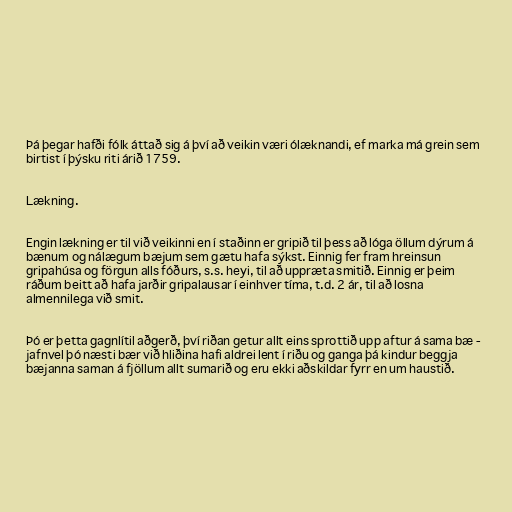
Þá þegar hafði fólk áttað sig á því að veikin væri ólæknandi, ef marka má grein sem
birtist í þýsku riti árið 1759.

Lækning.

Engin lækning er til við veikinni en í staðinn er gripið til þess að lóga öllum dýrum á
bænum og nálægum bæjum sem gætu hafa sýkst. Einnig fer fram hreinsun
gripahúsa og förgun alls fóðurs, s.s. heyi, til að uppræta smitið. Einnig er þeim
ráðum beitt að hafa jarðir gripalausar í einhver tíma, t.d. 2 ár, til að losna
almennilega við smit.

Þó er þetta gagnlítil aðgerð, því riðan getur allt eins sprottið upp aftur á sama bæ -
jafnvel þó næsti bær við hliðina hafi aldrei lent í riðu og ganga þá kindur beggja
bæjanna saman á fjöllum allt sumarið og eru ekki aðskildar fyrr en um haustið.